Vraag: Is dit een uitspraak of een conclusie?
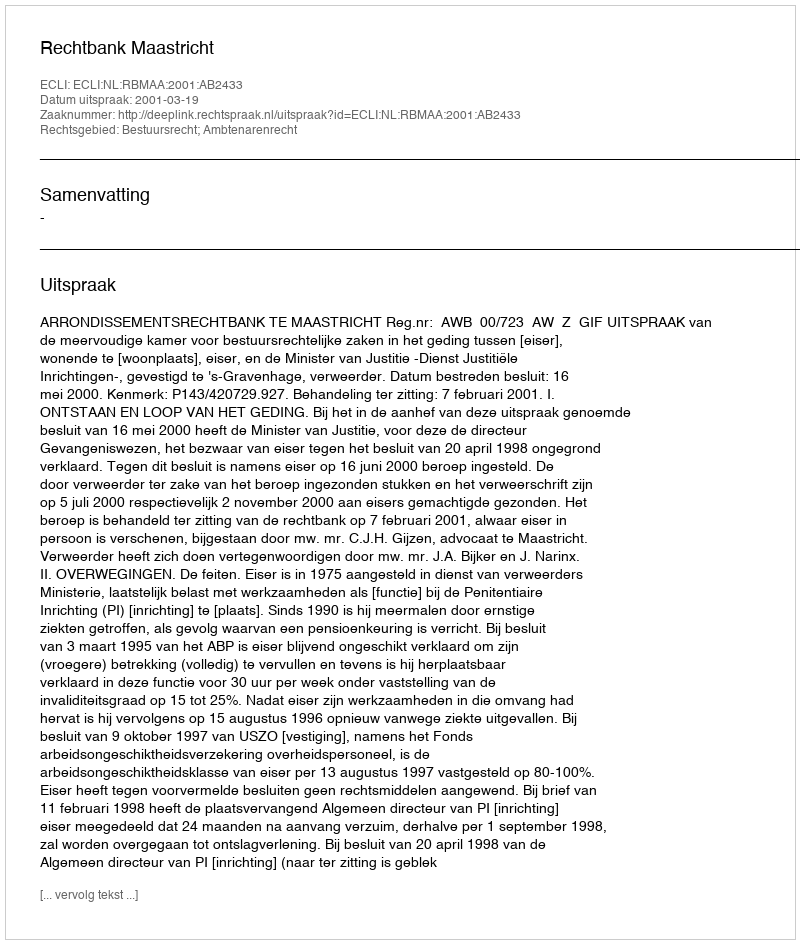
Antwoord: Uitspraak